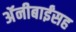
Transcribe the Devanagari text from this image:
अॅनीबाईंसह